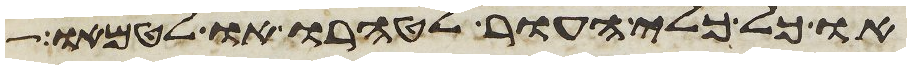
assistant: או כל כלי העור לטהרו או לטמאו